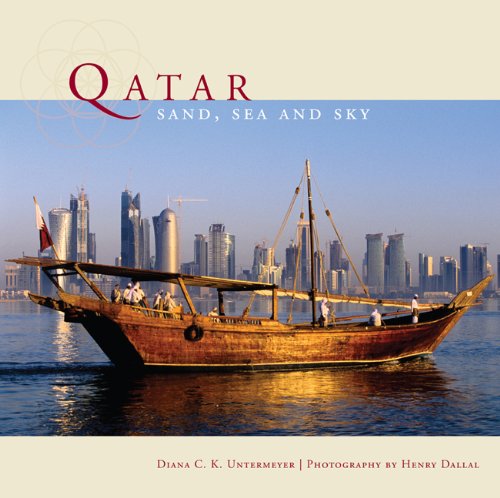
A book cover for Qatar: Sand, Sea and Sky; Diana Untermeyer; History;